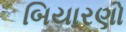
બિયારણો